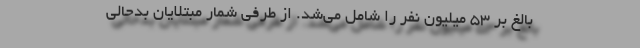
بالغ بر ۵۳ میلیون نفر را شامل می‌شد. از طرفی شمار مبتلایان بدحالی